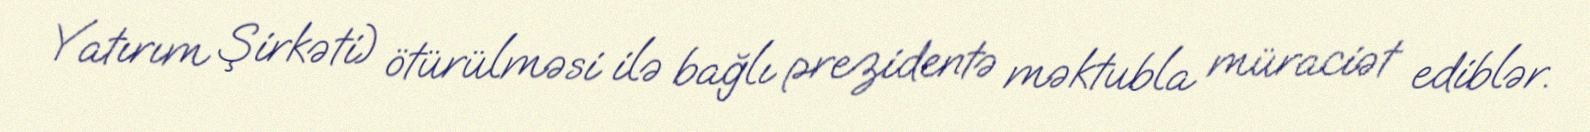
Yatırım Şirkəti) ötürülməsi ilə bağlı prezidentə məktubla müraciət ediblər.